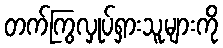
တက်ကြွလှုပ်ရှားသူများကို